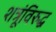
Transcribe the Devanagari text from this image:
शत्रूंविरुद्ध